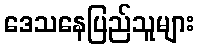
ဒေသနေပြည်သူများ